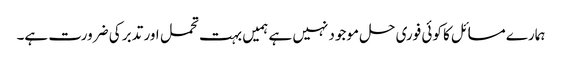
ہمارے مسائل کا کوئی فوری حل موجود نہیں ہے ہمیں بہت تحمل اور تدبر کی ضرورت ہے۔